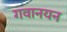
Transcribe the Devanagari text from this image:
गवानयन